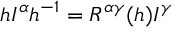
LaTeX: h I ^ { \alpha } h ^ { - 1 } = R ^ { \alpha \gamma } ( h ) I ^ { \gamma }